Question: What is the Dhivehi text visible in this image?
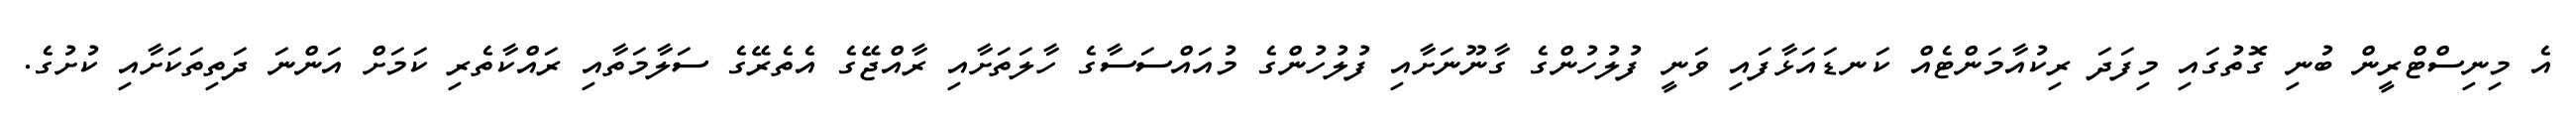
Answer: އެ މިނިސްޓްރީން ބުނި ގޮތުގައި މިފަދަ ރިކުއާމަންޓެއް ކަނޑައަޅާފައި ވަނީ ފުލުހުންގެ ގާނޫނަށާއި ފުލުހުންގެ މުއައްސަސާގެ ހާލަތަށާއި ރާއްޖޭގެ އެތެރޭގެ ސަލާމަތާއި ރައްކާތެރި ކަމަށް އަންނަ ދަތިތަކަށާއި ކުށުގެ.